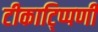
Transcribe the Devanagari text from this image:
टीकाटि्प्पणी